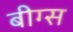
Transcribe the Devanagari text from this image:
बीग्स